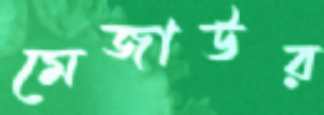
মেজাউর